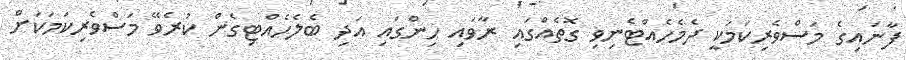
ފާނައިގެ މަސްވެރިކަމަކީ ދެމެހެއްޓެނިވި ގޮތެއްގައި ރާވައި ހިންގައި އަދި ބެލެހެއްޓިގެން ކުރެވޭ މަސްވެރިކަމަކަށް